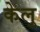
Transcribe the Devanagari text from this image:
केलु